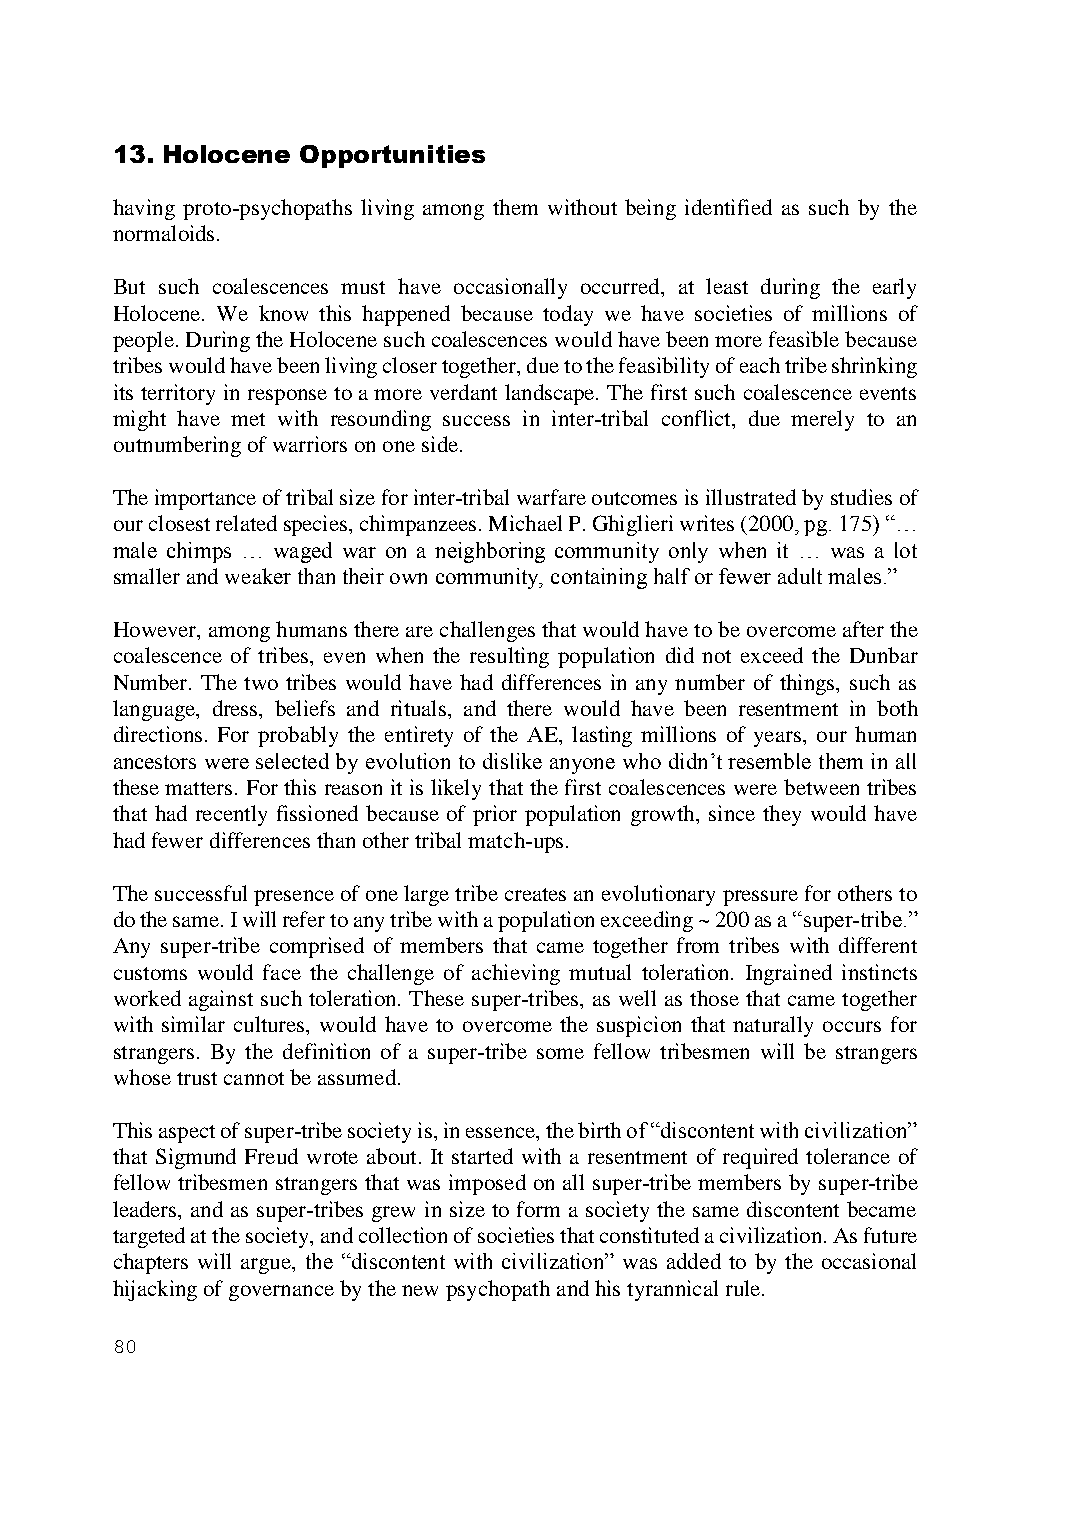
13. Holocene Opportunities
 having proto-psychopaths living among them without being identified as such by the
 normaloids.
 But such coalescences must have occasionally occurred, at least during the early
 Holocene. We know this happened because today we have societies of millions of
 people. During the Holocene such coalescences would have been more feasible because
 tribes would have been living closer together, due to the feasibility of each tribe shrinking
 its territory in response to a more verdant landscape. The first such coalescence events
 might have met with resounding success in inter-tribal conflict, due merely to an
 outnumbering of warriors on one side.
 The importance of tribal size for inter-tribal warfare outcomes is illustrated by studies of
 our closest related species, chimpanzees. Michael P. Ghiglieri writes (2000, pg. 175) “…
 male chimps … waged war on a neighboring community only when it … was a lot
 smaller and weaker than their own community, containing half or fewer adult males.”
 However, among humans there are challenges that would have to be overcome after the
 coalescence of tribes, even when the resulting population did not exceed the Dunbar
 Number. The two tribes would have had differences in any number of things, such as
 language, dress, beliefs and rituals, and there would have been resentment in both
 directions. For probably the entirety of the AE, lasting millions of years, our human
 ancestors were selected by evolution to dislike anyone who didn’t resemble them in all
 these matters. For this reason it is likely that the first coalescences were between tribes
 that had recently fissioned because of prior population growth, since they would have
 had fewer differences than other tribal match-ups.
 The successful presence of one large tribe creates an evolutionary pressure for others to
 do the same. I will refer to any tribe with a population exceeding ~ 200 as a “super-tribe.”
 Any super-tribe comprised of members that came together from tribes with different
 customs would face the challenge of achieving mutual toleration. Ingrained instincts
 worked against such toleration. These super-tribes, as well as those that came together
 with similar cultures, would have to overcome the suspicion that naturally occurs for
 strangers. By the definition of a super-tribe some fellow tribesmen will be strangers
 whose trust cannot be assumed.
 This aspect of super-tribe society is, in essence, the birth of “discontent with civilization”
 that Sigmund Freud wrote about. It started with a resentment of required tolerance of
 fellow tribesmen strangers that was imposed on all super-tribe members by super-tribe
 leaders, and as super-tribes grew in size to form a society the same discontent became
 targeted at the society, and collection of societies that constituted a civilization. As future
 chapters will argue, the “discontent with civilization” was added to by the occasional
 hijacking of governance by the new psychopath and his tyrannical rule.
 80